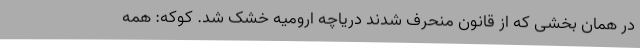
در همان بخشی که از قانون منحرف شدند دریاچه ارومیه خشک شد. کوکه: همه